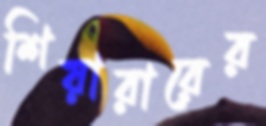
শিয়ারারের